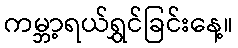
ကမ္ဘာ့ရယ်ရွှင်ခြင်းနေ့။